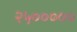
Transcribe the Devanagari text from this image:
२५०००००